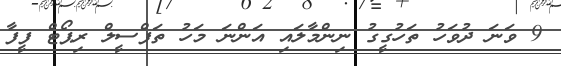
9 ވަނަ ދުވަހު ތަހުގީގު ނިންމާލައި އަންނަ މަހު ތަފްސީލް ރިޕޯޓް ފީފާ